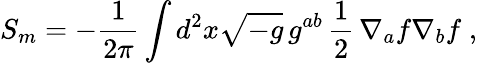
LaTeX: S_{m}=-{\frac{1}{2\pi}}\int d^{2}x\sqrt{-g}\, g^{ab}\, {\frac{1}{2}}\, \nabla_{a}f\nabla_{b}f\; ,